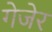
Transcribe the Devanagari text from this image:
गेजेर